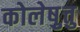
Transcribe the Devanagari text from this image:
कोलेष़ुत्तु